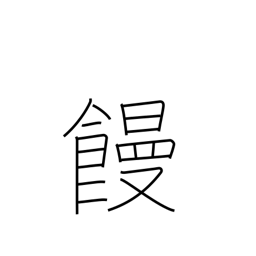
Meaning: manjuu